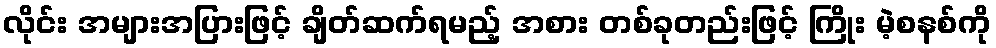
လိုင်း အများအပြားဖြင့် ချိတ်ဆက်ရမည့် အစား တစ်ခုတည်းဖြင့် ကြိုး မဲ့စနစ်ကို